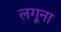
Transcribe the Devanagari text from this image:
लगूना